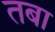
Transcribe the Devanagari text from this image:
तबा